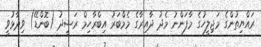
ރައްޔިތުންގެ މަޖިލީހުގެ މާފަންނު މެދު ދާއިރާގެ މެމްބަރު އިބްރާހިމް ރަޝީދު (ބޮންޑޭ) ވިދާޅުވީ